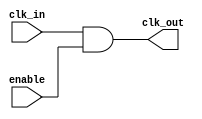
module clock_gating_cell (
    input wire clk_in,          // Input clock
    input wire enable,          // Clock enable signal
    output wire clk_out         // Gated clock output
);
    // Gated clock output logic
    assign clk_out = clk_in & enable;
endmodule